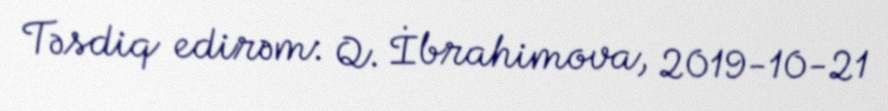
Təsdiq edirəm: Q. İbrahimova, 2019-10-21